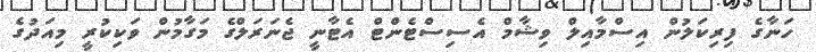
ހަނާގެ ފިރިކަލުން އިސްމާއިލް ވިޝާމް އެސިސްޓެންޓް އެޓާނީ ޖެނަރަލްގެ މަގާމުން ވަކިކުރީ މިއަދުގެ